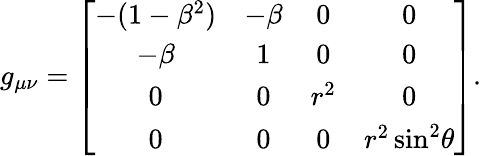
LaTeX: g_{\mu\nu}=\left[\begin{array}{cccc}{-(1-\beta^{2})}&{-\beta}&{0}&{0}\\ {-\beta}&{1}&{0}&{0}\\ {0}&{0}&{r^{2}}&{0}\\ {0}&{0}&{0}&{r^{2}\sin^{2}{\! \theta}}\end{array}\right].